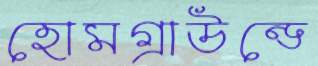
হোমগ্রাউন্ডে